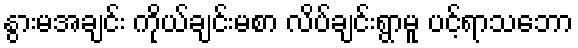
နွားမအချင်း ကိုယ်ချင်းမစာ လိပ်ချင်းရွာမူ ပင့်ရာသဘော